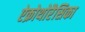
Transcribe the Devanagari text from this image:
ऐक्रोथोरैसिका